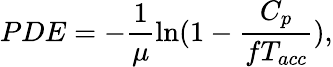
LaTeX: PDE=-\frac{1}{\mu}\ln(1-\frac{C_{p}}{fT_{acc}}),